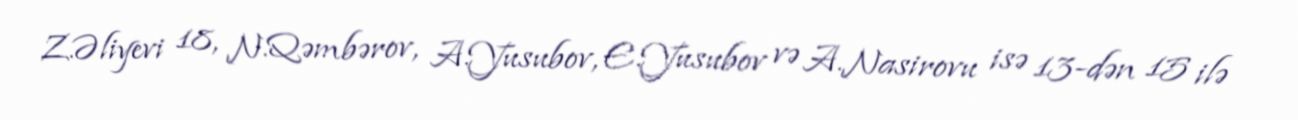
Z.Əliyevi 18, N.Qəmbərov, A.Yusubov, E.Yusubov və A.Nasirovu isə 13-dən 15 ilə